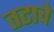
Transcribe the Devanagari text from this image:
तटाचे